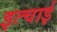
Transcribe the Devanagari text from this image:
इत्चाई